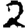
Digit: 2